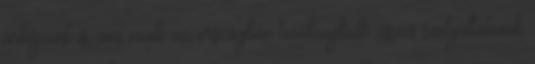
árképzést is, ami miatt az országban tevékenykedő összes szolgáltatónak